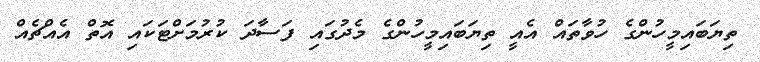
ތިޔަބައިމީހުންގެ ހުވާތައް އެއީ ތިޔަބައިމީހުންގެ މެދުގައި ފަސާދަ ކުރުމަށްޓަކައި އޮތް އެއްޗެއް